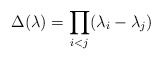
\begin{align*}\Delta(\lambda) = \prod_{i<j} (\lambda_{i}-\lambda_{j})\end{align*}